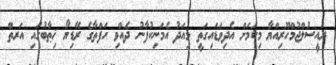
ރައީސުލްޖުމްހޫރިއްޔާ މިކަމަށް އެދިވަޑައިގަތީ މިއަދު އެމަނިކުފާނު ދެއްވި ހަފްތާގެ ރޭޑިޔޯ ޚިޠާބުގައި އަރތް